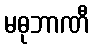
မဓုဘာဏီ